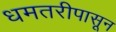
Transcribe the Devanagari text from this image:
धमतरीपासून